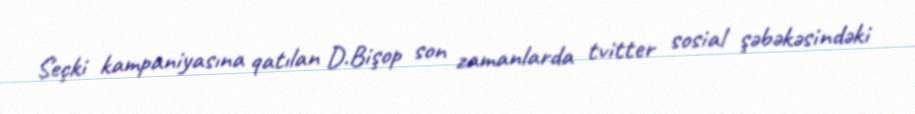
Seçki kampaniyasına qatılan D.Bişop son zamanlarda tvitter sosial şəbəkəsindəki